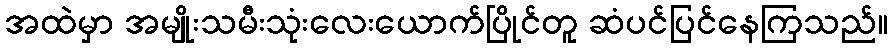
အထဲမှာ အမျိုးသမီးသုံးလေးယောက်ပြိုင်တူ ဆံပင်ပြင်နေကြသည်။